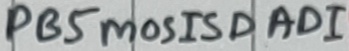
Text: PB5mosISDAD1